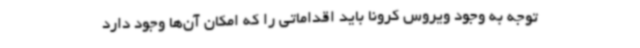
توجه به وجود ویروس کرونا باید اقداماتی را که امکان آن‌ها وجود دارد